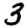
Digit: 3